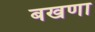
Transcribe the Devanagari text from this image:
बखणा